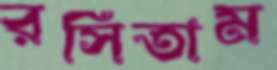
রসিতাম